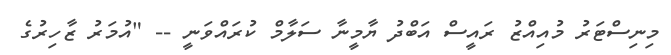
މިނިސްޓަރު މުއިއްޒު ރައީސް އަބްދު ޔާމީނާ ސަލާމް ކުރައްވަނީ -- "އުމަރު ޒާހިރުގެ